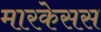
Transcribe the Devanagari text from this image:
मारकेसस